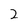
Character: 2